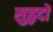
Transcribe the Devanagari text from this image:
सुहृदों